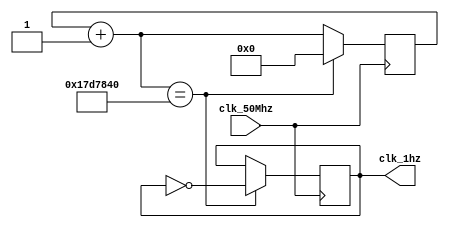
module divisor_Frecuencia(
input clk_50Mhz,
output reg clk_1hz =1

);

reg [24:0] contador =0;

always@ (posedge clk_50Mhz)

begin

contador = contador+1;

if(contador == 25000000)

begin

contador = 0;

clk_1hz = ~clk_1hz;
end

end

endmodule